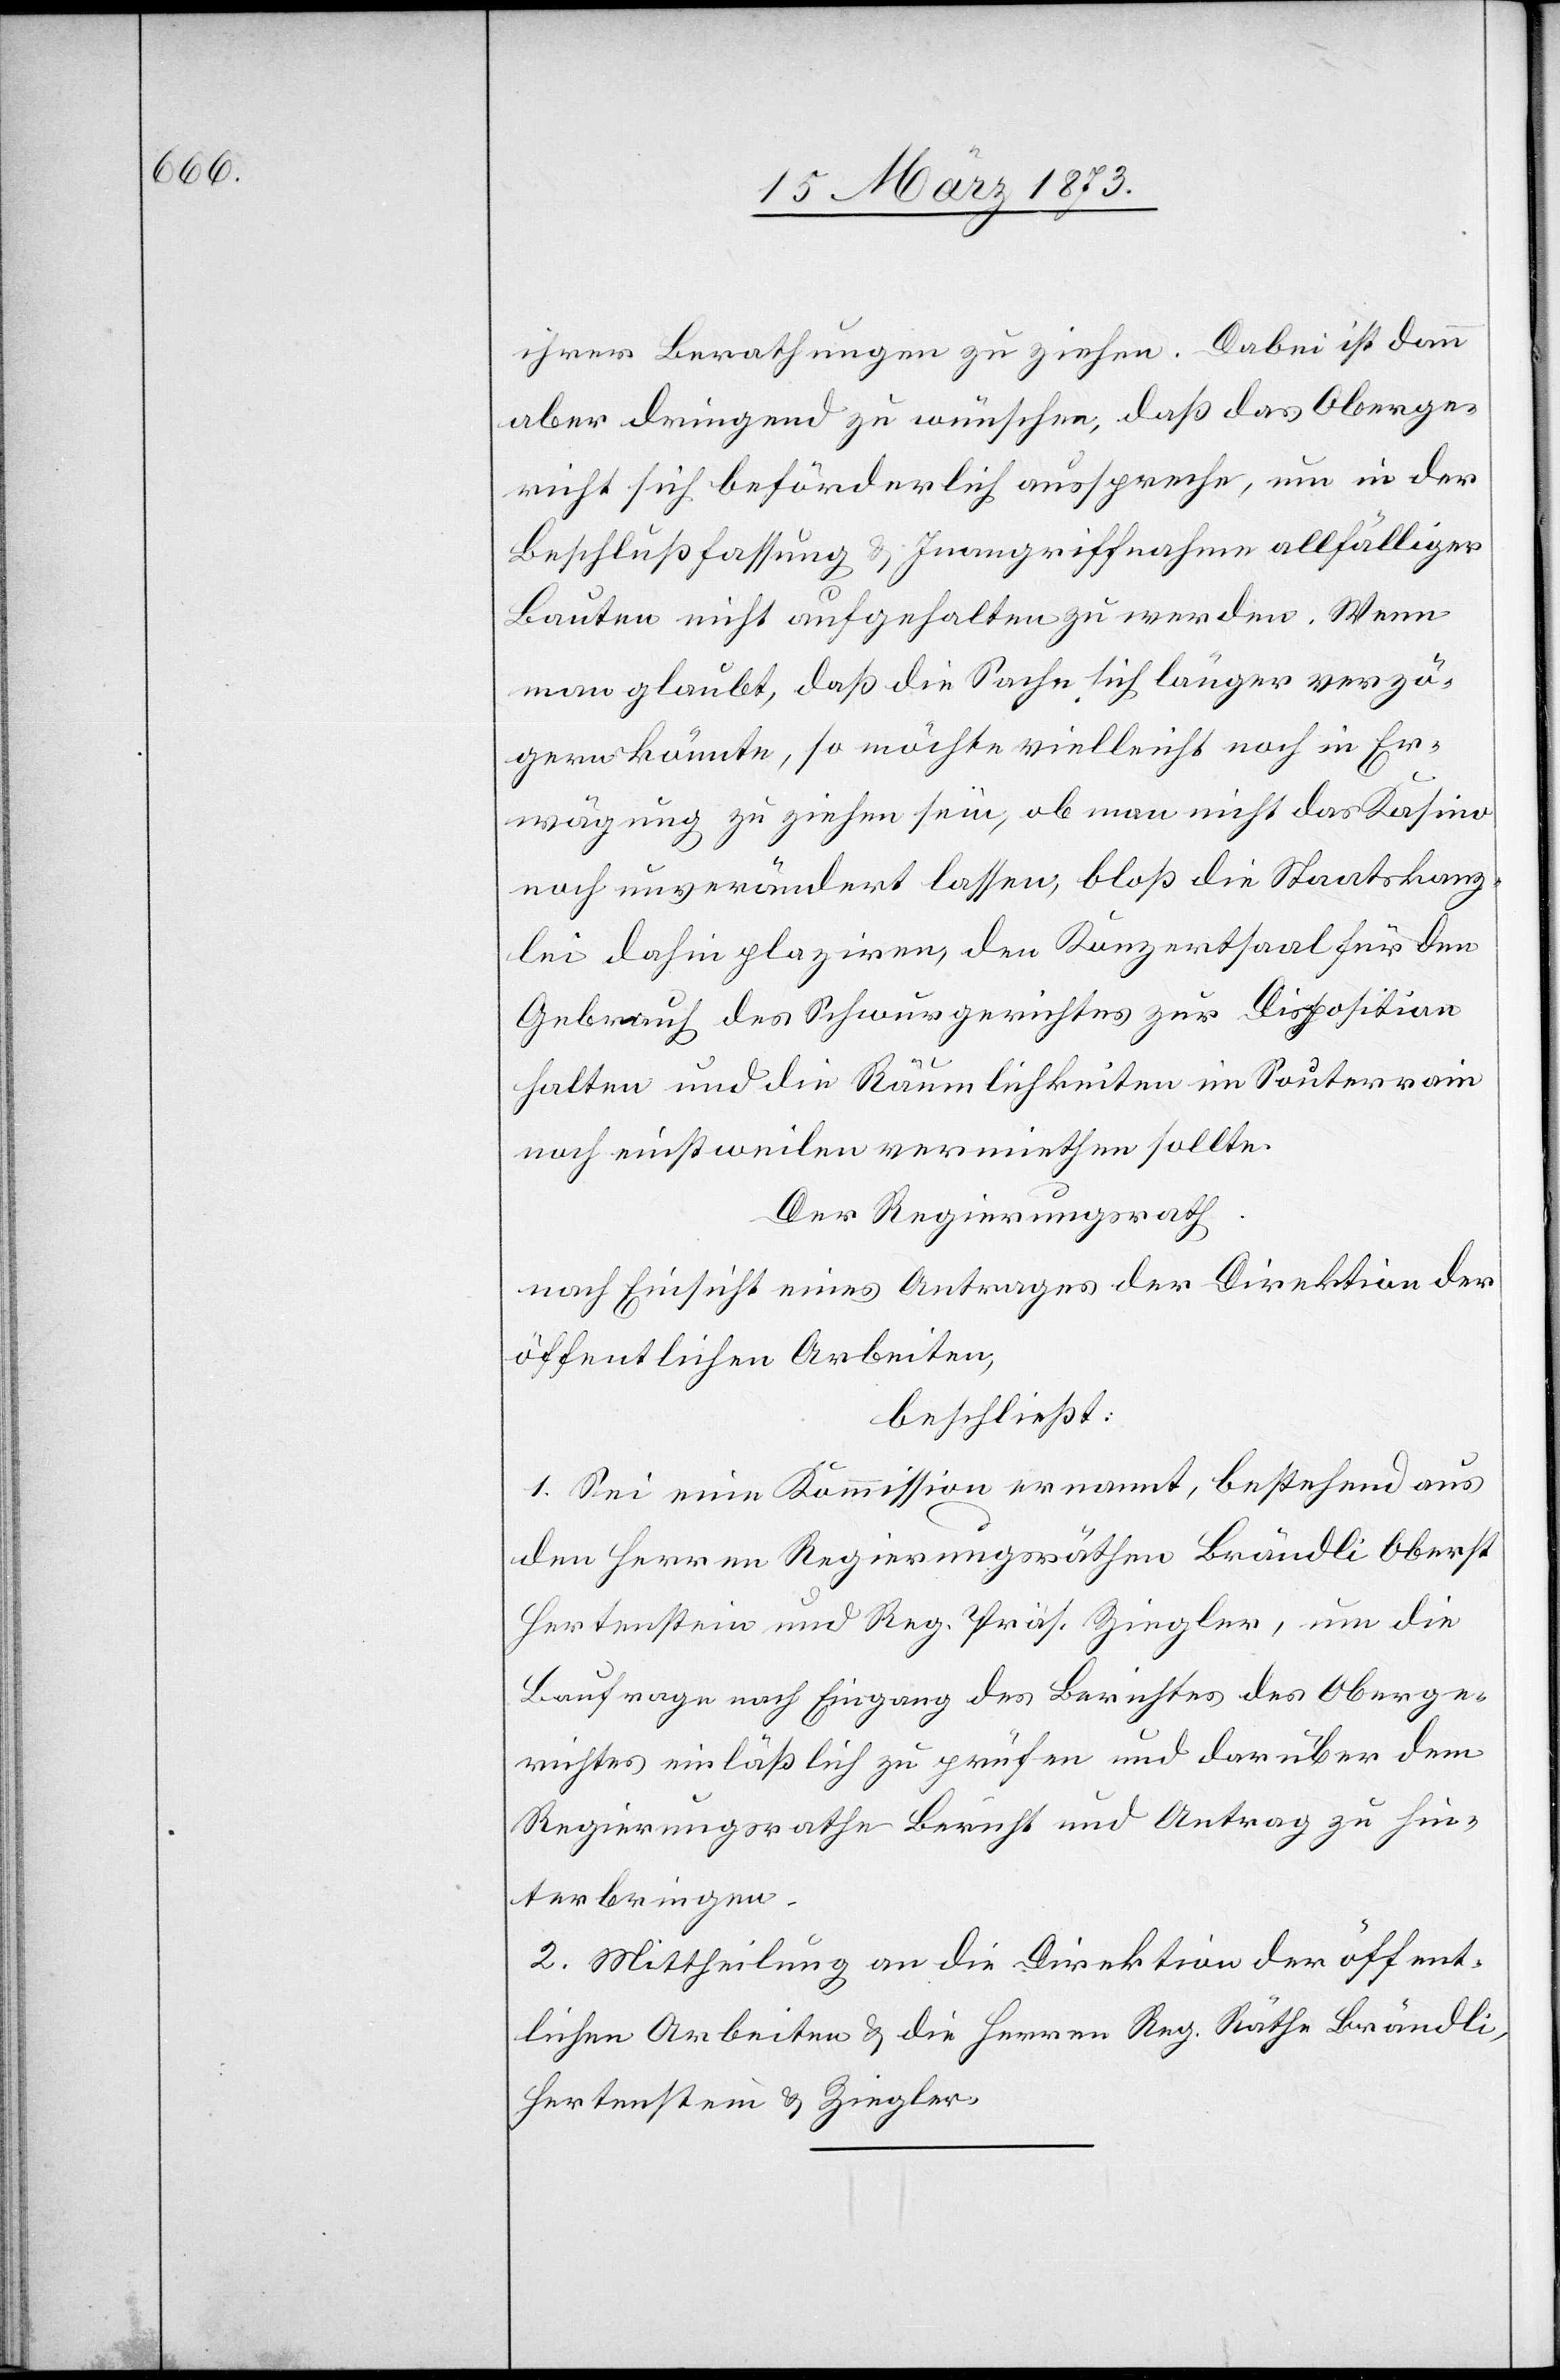
ihrer Berathungen zu ziehen. Dabei ist dann
aber dringend zu wünschen, daß das Oberge¬
richt sich beförderlich ausspreche, um in der
Beschlußfassung u. Inangriffnahme allfälliger
Bauten nicht aufgehalten zu werden. Wenn
man glaubt, daß die Sache sich länger verzö¬
gern könnte, so möchte vielleicht noch in Er¬
wägung zu ziehen sein, ob man nicht das Kasino
noch unverändert lassen, bloß die Staatskanz¬
lei dahin plaziren, den Konzertsaal für den
Gebrauch des Schwurgerichtes zur Disposition
halten und die Räumlichkeiten im Souterrain
noch einstweilen vermiethen sollte.
Der Regierungsrath
nach Einsicht eines Antrages der Direktion der
öffentlichen Arbeiten,
beschließt:
1. Sei eine Kommission ernannt, bestehend aus
den Herren Regierungsräthen Brändli[,] Oberst
Hertenstein und Reg. Präs. Ziegler, um die
Baufrage nach Eingang des Berichtes des Oberge¬
richtes einläßlich zu prüfen und darüber dem
Regierungsrathe Bericht und Antrag zu hin¬
terbringen.
2. Mittheilung an die Direktion der öffent¬
lichen Arbeiten u. die Herren Reg. Räthe Brändli,
Hertenstein u. Ziegler.